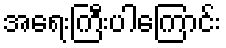
အရေးကြီးပါကြောင်း